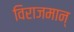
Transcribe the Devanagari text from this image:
विराजमान्‌